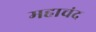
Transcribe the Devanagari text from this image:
महाचंद